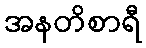
အနတိစာရီ